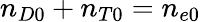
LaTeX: n_{D0}+n_{T0}=n_{e0}